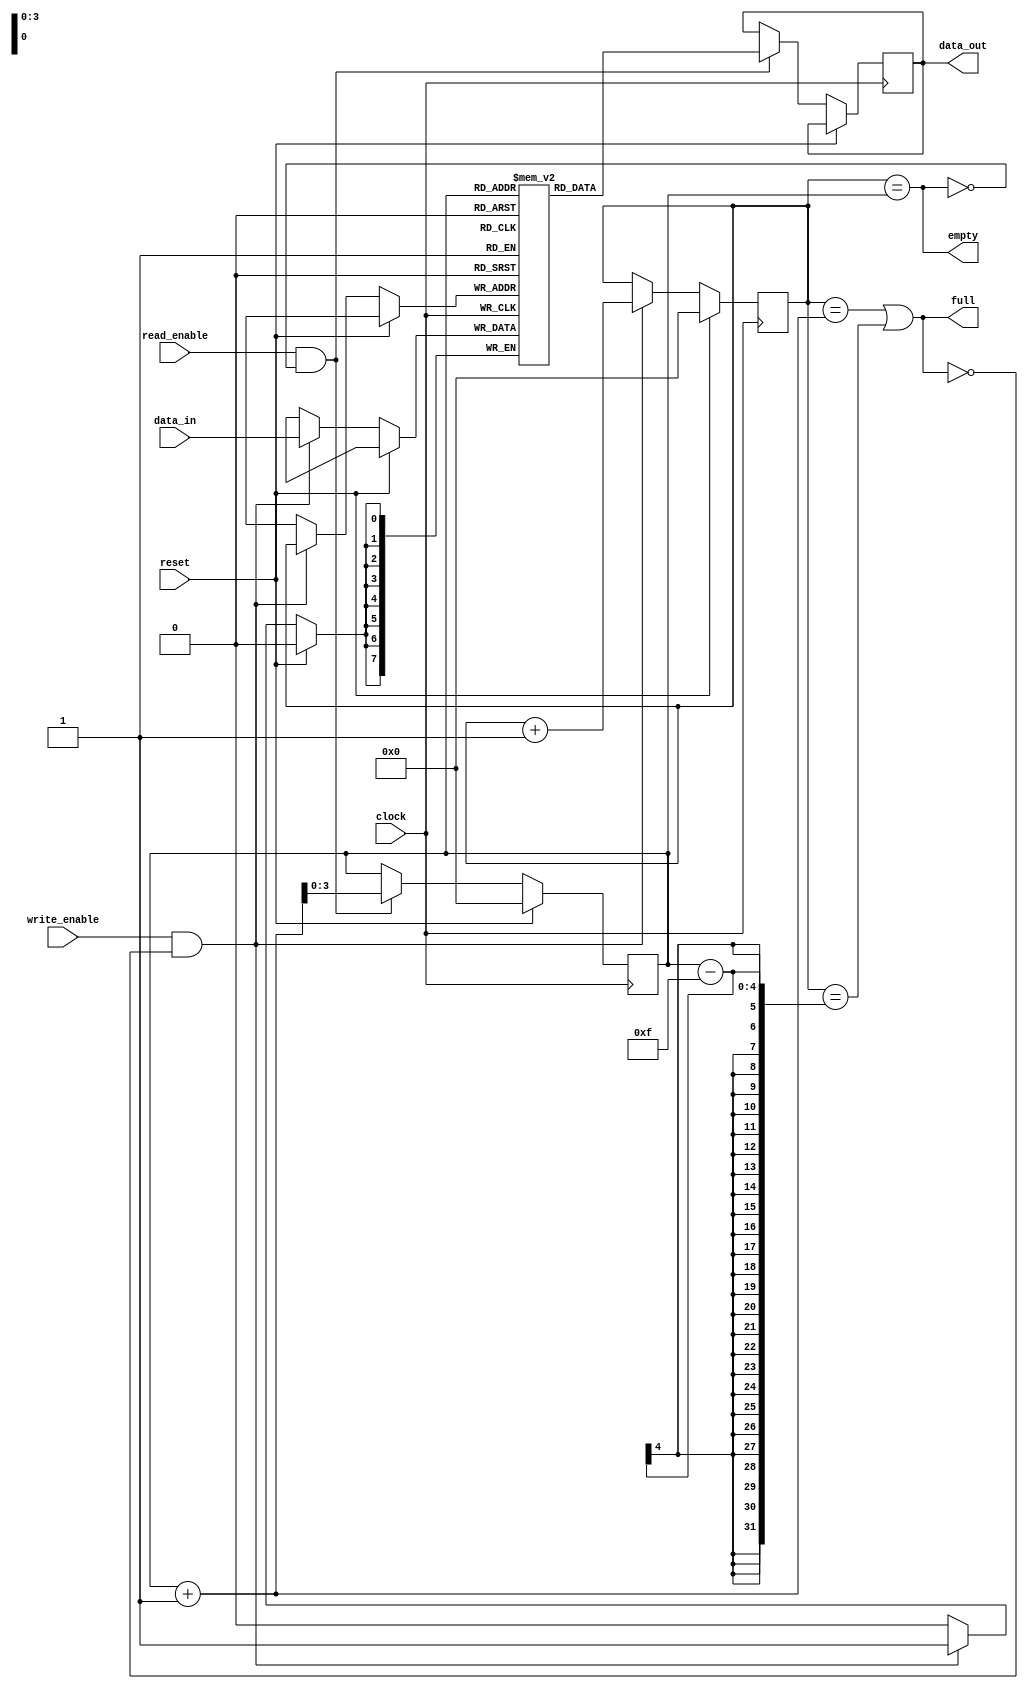
module fifo_buffer (
    input wire clock,
    input wire reset,
    input wire write_enable,
    input wire read_enable,
    input wire [7:0] data_in,
    output reg [7:0] data_out,
    output reg full,
    output reg empty
);

reg [7:0] mem [0:15];
reg [3:0] read_ptr;
reg [3:0] write_ptr;

always @(posedge clock) begin
    if (reset) begin
        read_ptr <= 4'b0000;
        write_ptr <= 4'b0000;
    end else begin
        if (write_enable && !full) begin
            mem[write_ptr] <= data_in;
            write_ptr <= write_ptr + 1;
        end
        
        if (read_enable && !empty) begin
            data_out <= mem[read_ptr];
            read_ptr <= read_ptr + 1;
        end
    end
end

assign full = ((write_ptr == (read_ptr + 1)) || (write_ptr == (read_ptr - 15)));
assign empty = (write_ptr == read_ptr);

endmodule